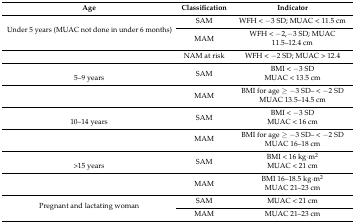
<table><thead><tr><td><b>Age</b></td><td><b>Classification</b></td><td><b>Indicator</b></td></tr></thead><tbody><tr><td rowspan="3">Under 5 years (MUAC not done in under 6 months)</td><td>SAM</td><td>WFH &lt; −3 SD; MUAC &lt; 11.5 cm</td></tr><tr><td>MAM</td><td>WFH &lt; −2,−3 SD; MUAC 11.5–12.4 cm</td></tr><tr><td>NAM at risk</td><td>WFH &lt; −2 SD; MUAC &gt; 12.4</td></tr><tr><td rowspan="2">5–9 years</td><td>SAM</td><td>BMI &lt; −3 SDMUAC &lt; 13.5 cm</td></tr><tr><td>MAM</td><td>BMI for age ≥ −3 SD– &lt; −2 SDMUAC 13.5–14.5 cm</td></tr><tr><td rowspan="2">10–14 years</td><td>SAM</td><td>BMI &lt; −3 SDMUAC &lt; 16 cm</td></tr><tr><td>MAM</td><td>BMI for age ≥ −3 SD– &lt; −2 SDMUAC 16–18 cm</td></tr><tr><td rowspan="2">&gt;15 years</td><td>SAM</td><td>BMI &lt; 16 kg·m<sup>2</sup>MUAC &lt; 21 cm</td></tr><tr><td>MAM</td><td>BMI 16–18.5 kg·m<sup>2</sup>MUAC 21–23 cm</td></tr><tr><td rowspan="2">Pregnant and lactating woman</td><td>SAM</td><td>MUAC &lt; 21 cm</td></tr><tr><td>MAM</td><td>MUAC 21–23 cm</td></tr></tbody></table>